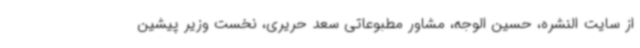
از سایت النشره، حسین الوجه، مشاور مطبوعاتی سعد حریری، نخست وزیر پیشین